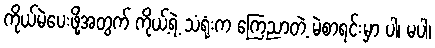
ကိုယ်မဲပေးဖို့အတွက် ကိုယ့်ရဲ့ သံရုံးက ကြေညာတဲ့ မဲစာရင်းမှာ ပါ၊ မပါ၊